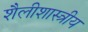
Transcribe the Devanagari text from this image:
शैलीशास्त्रीय